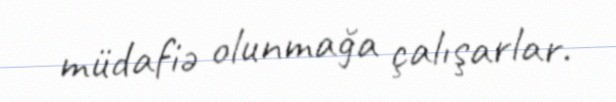
müdafiə olunmağa çalışarlar.